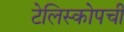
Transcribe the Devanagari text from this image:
टेलिस्कोपची